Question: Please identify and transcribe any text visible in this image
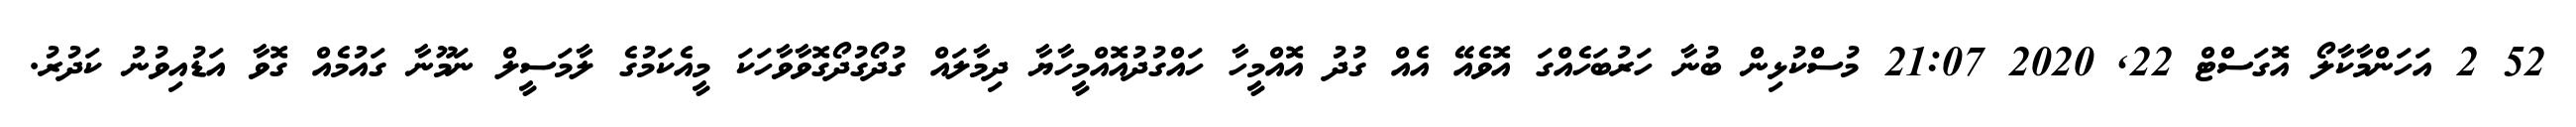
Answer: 52 2 އަހަންމާކާލޯ އޮގަސްޓް 22, 2020 21:07 މުސްކުޅިން ބުނާ ހަރުބަހެއްގަ އޮވެއޭ އެއް ގުދު އޮއްމީހާ ހައްގުދުއޮއްމީހާޔާ ދިމާލައް ގުދޯގުދޯގޮވާވާހަކަ މީއެކަމުގެ ލާމަސީލް ނަމޫނާ ގައުމެއް ގޮވާ އަޑުއިވުނު ކަދުރު.